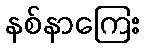
နစ်နာကြေး